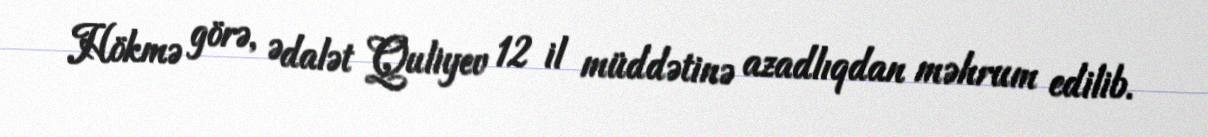
Hökmə görə, Ədalət Quliyev 12 il müddətinə azadlıqdan məhrum edilib.